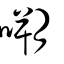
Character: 嗍